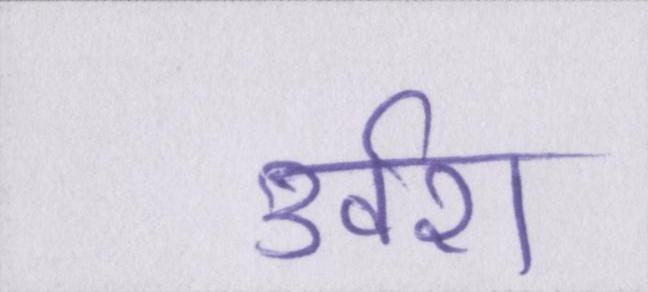
उर्वरा